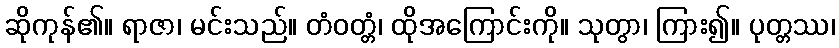
ဆိုကုန်၏။ ရာဇာ၊ မင်းသည်။ တံဝတ္တံ၊ ထိုအကြောင်းကို။ သုတွာ၊ ကြား၍။ ပုတ္တဿ၊